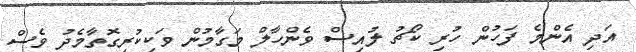
އަދި އެންމެ ފަހުން ހުރި ކޯޗު ލުއިސް ވެންހާލް މަގާމުން ވަކިކުރިގޮތާމެދު ވެސް